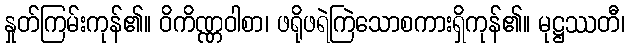
နှုတ်ကြမ်းကုန်၏။ ဝိကိဏ္ဏဝါစာ၊ ဖရိုဖရဲကြဲသောစကားရှိကုန်၏။ မုဋ္ဌဿတီ၊